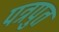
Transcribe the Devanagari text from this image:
पत्रपुत